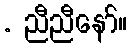
. ညီညီနော်။